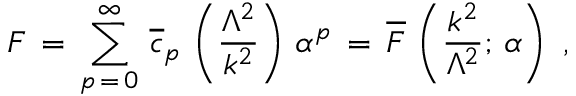
F \, = \, \sum _ { p \, = \, 0 } ^ { \infty } \, \overline { { { c } } } _ { p } \, \left( \frac { \Lambda ^ { 2 } } { k ^ { 2 } } \right) \, \alpha ^ { p } \, = \, \overline { { { F } } } \, \left( \frac { k ^ { 2 } } { \Lambda ^ { 2 } } ; \, \alpha \right) \, \, ,